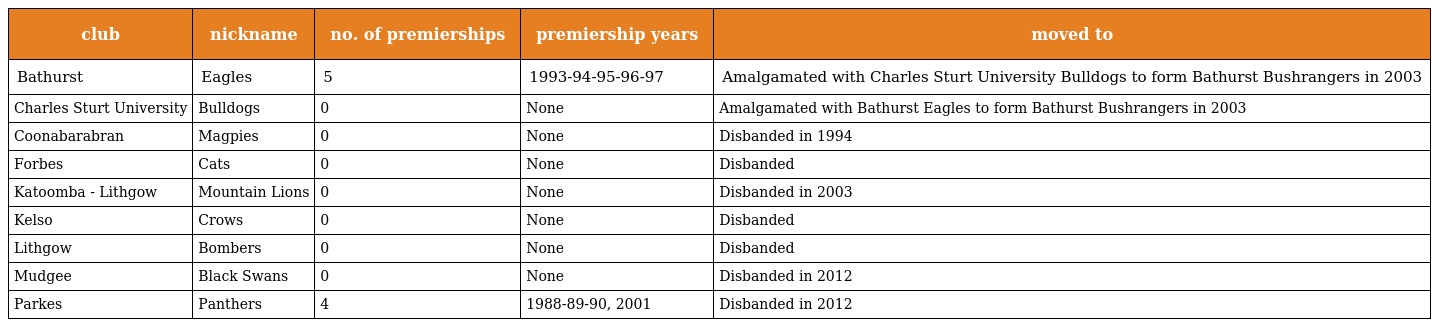
| club | nickname | no. of premierships | premiership years | moved to |
 | --- | --- | --- | --- | --- |
 | Bathurst | Eagles | 5 | 1993-94-95-96-97 | Amalgamated with Charles Sturt University Bulldogs to form Bathurst Bushrangers in 2003 |
 | Charles Sturt University | Bulldogs | 0 | None | Amalgamated with Bathurst Eagles to form Bathurst Bushrangers in 2003 |
 | Coonabarabran | Magpies | 0 | None | Disbanded in 1994 |
 | Forbes | Cats | 0 | None | Disbanded |
 | Katoomba - Lithgow | Mountain Lions | 0 | None | Disbanded in 2003 |
 | Kelso | Crows | 0 | None | Disbanded |
 | Lithgow | Bombers | 0 | None | Disbanded |
 | Mudgee | Black Swans | 0 | None | Disbanded in 2012 |
 | Parkes | Panthers | 4 | 1988-89-90, 2001 | Disbanded in 2012 |